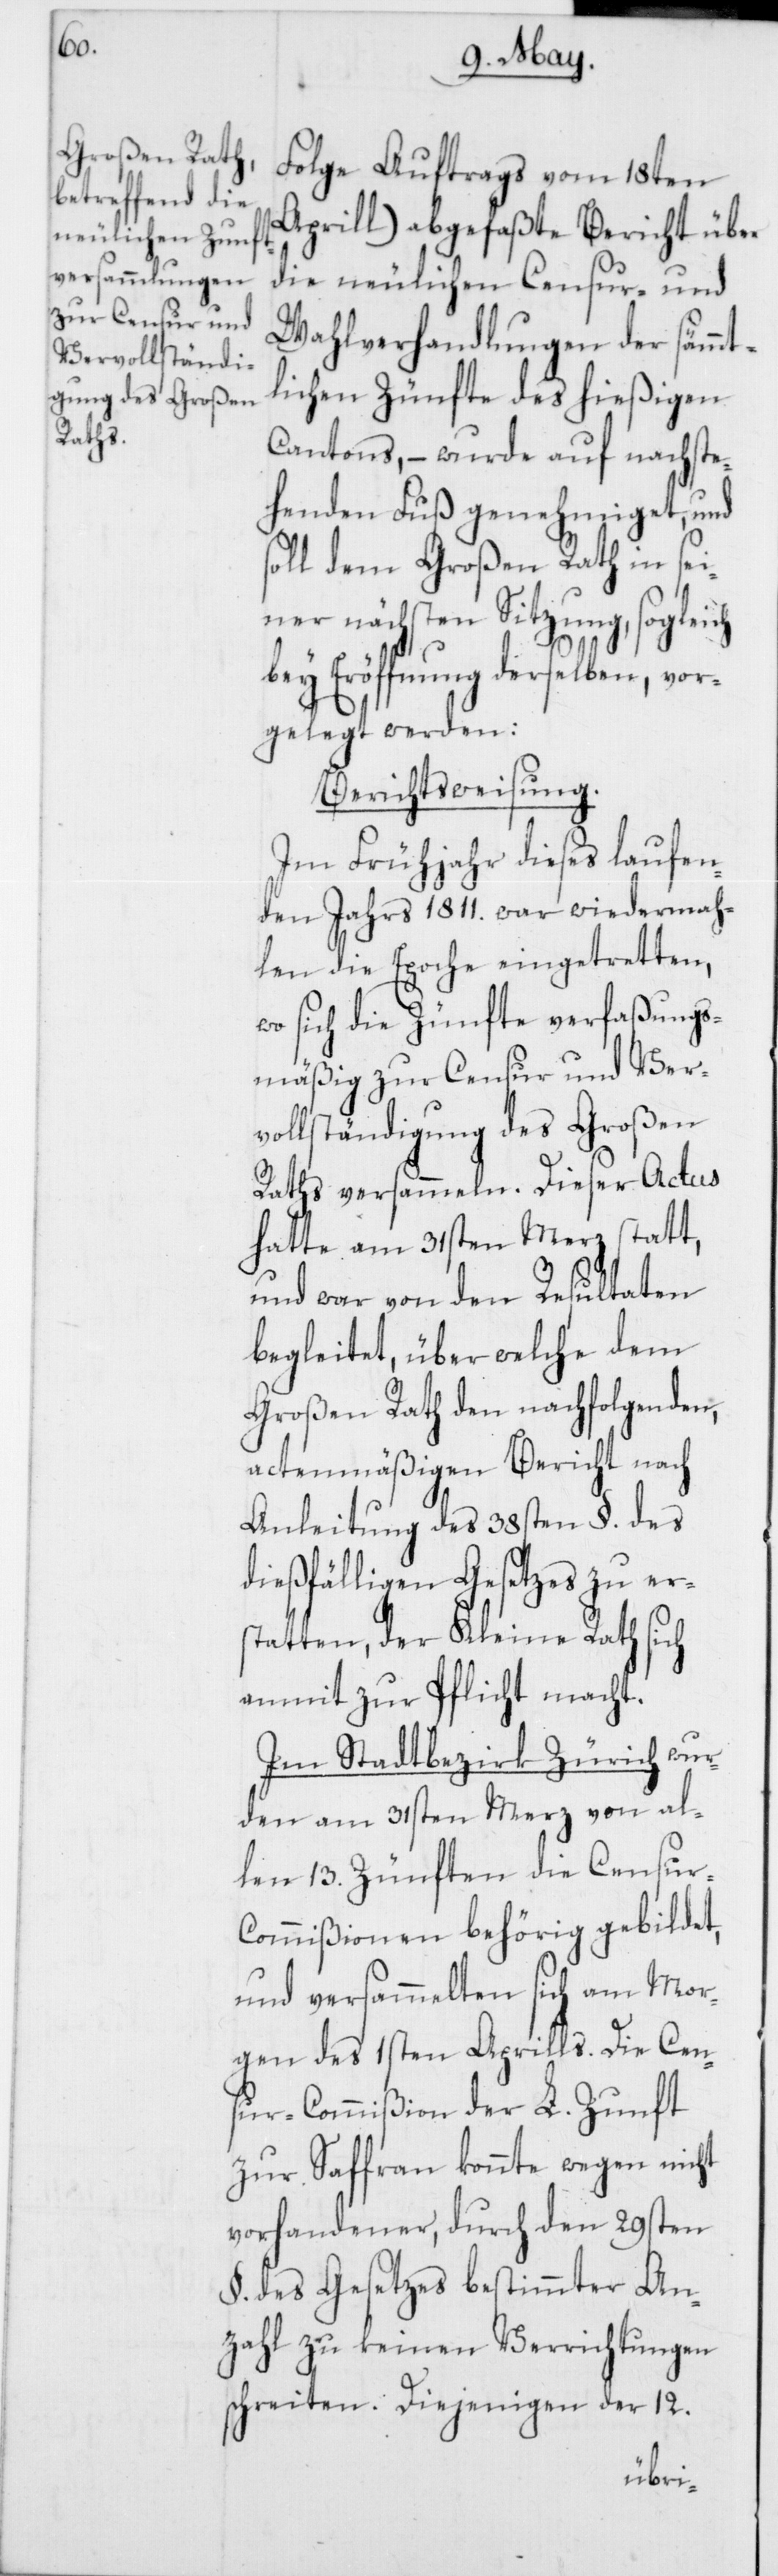
Aprill) abgefaßte Bericht über
die neulichen Censur- und
Wahlverhandlungen der sämmt¬
lichen Zünfte des hießigen
Cantons, – wurde auf nachste¬
henden Fuß genehmiget, und
soll dem Großen Rath in sei¬
ner nächsten Sitzung, sogleich
bey Eröffnung derselben, vor¬
gelegt werden:
Berichtsweisung.
Im Frühjahr dieses laufen¬
den Jahrs 1811. war wiedermah¬
len die Epoche eingetretten,
wo sich die Zünfte verfaßungs¬
mäßig zur Censur und Ver¬
vollständigung des Großen
Raths versammeln. Dieser Actus
hatte am 31sten Merz statt,
und war von den Resultaten
begleitet, über welche dem
Großen Rath den nachfolgenden,
actenmäßigen Bericht nach
Anleitung des 38sten §. des
dießfälligen Gesetzes zu er¬
statten, der Kleine Rath sich
anmit zur Pflicht macht.
Im Stadtbezirk Zürich wur¬
den am 31sten Merz von al¬
len 13. Zünften die Censur-C¬
ommißionen behörig gebildet,
und versammelten sich am Mor¬
gen des 1sten Aprills. Die Cen¬
sur-Commißion der L. Zunft
zur Saffran konnte wegen nicht
vorhandener, durch den 29sten
§. des Gesetzes bestimmter An¬
zahl zu keinen Verrichtungen
schreiten. Diejenigen der 12.